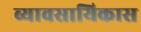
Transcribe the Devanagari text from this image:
व्यावसायिकास